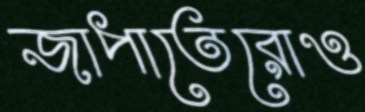
জাপাতেরোও